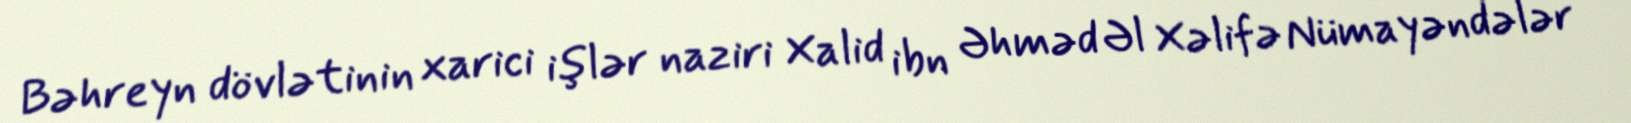
Bəhreyn dövlətinin xarici işlər naziri Xalid ibn Əhməd Əl Xəlifə Nümayəndələr